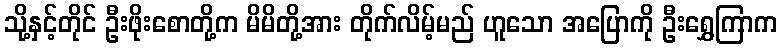
သို့နှင့်တိုင် ဦးဖိုးစောတို့က မိမိတို့အား တိုက်လိမ့်မည် ဟူသော အပြောကို ဦးရွှေကြာက